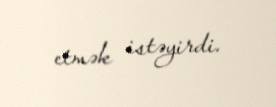
etmək istəyirdi.